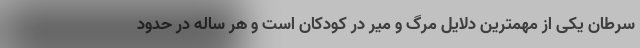
سرطان یکی از مهمترین دلایل مرگ و میر در کودکان است و هر ساله در حدود